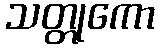
သတ္တုကော